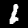
Label: 1